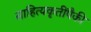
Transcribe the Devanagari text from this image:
साहित्यकृतींपैकी